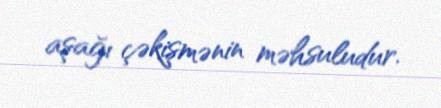
aşağı çəkişmənin məhsuludur.